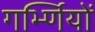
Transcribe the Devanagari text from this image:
गर्भ्णियों